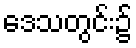
ဒေသတွင်း၌